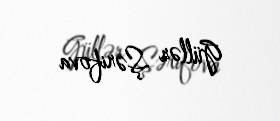
Güllər Şərifova